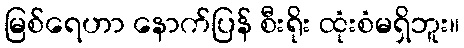
မြစ်ရေဟာ နောက်ပြန် စီးရိုး ထုံးစံမရှိဘူး။